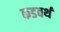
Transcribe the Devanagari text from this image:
कडवर्थ